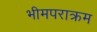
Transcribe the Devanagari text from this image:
भीमपराक्रम